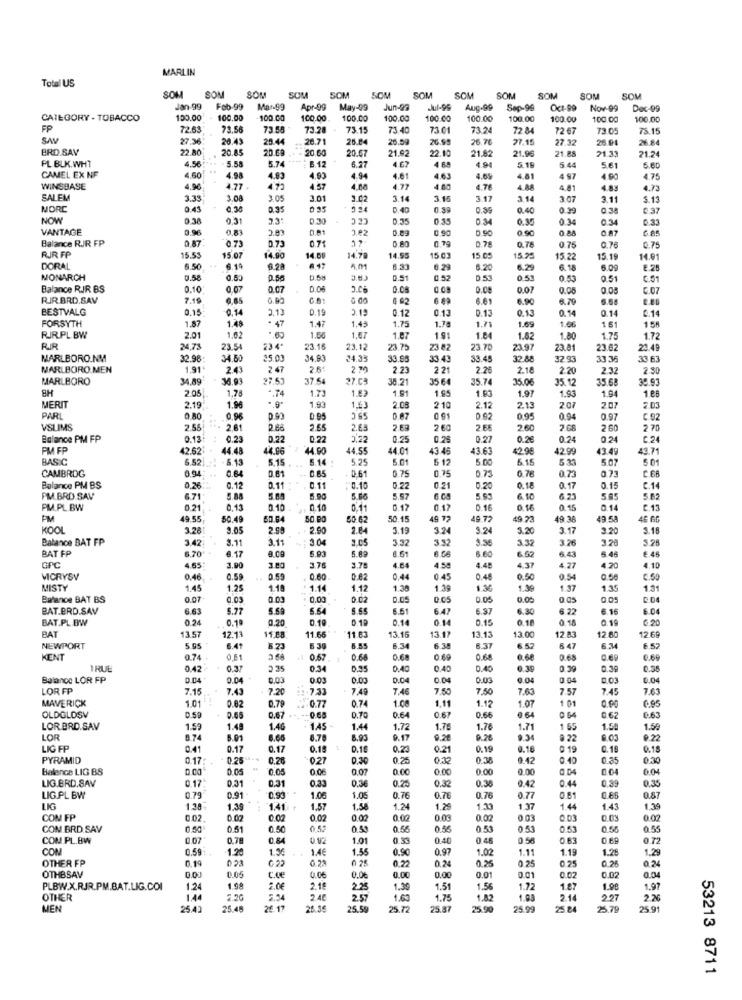
MARLIN
Total US
SOM
SOM
SOM
SOM
SOM
SOM
SOM
SOM
SOM
SOM
SOM
SOM
Jan.99
Fob-99
Mar-99
Apr-99
May-99
Jun-99
Aug.99
Sep-99
Oct-99
Nov-99
Dec-99
CATEGORY - TOBACCO
100.00
100.0
100.00
100.00
100.00
100.00
100.00
100.00
100.00
100.00
100.00
100.00
FP
72.63
73.56
73.58
73.28
73.15
73.40
73.01
73.24
72 84
72 67
73 0
75.15
SAV
27.36
20.43
20.44
20.71
25.84
20.59
26.95
26.70
27.15
27.32
26.04
26.84
BRD.SAV
22.80
20.85
20.6
20 60
20.67
21.92
22.10
21.82
21.96
21.88
21.33
PL BLK.WHT
5.74
6.27
4.67
21.24
4.56
5.58
B.12
4.94
5.15
5.44
5.61
5.60
CAMEL EX NF
4,50
4.98
4.93
4.93
4.94
4.61
4.63
4.05
4.81
4 97
4.90
4.75
WINSBASE
4.90
4.77
4.57
4.00
4.77
4.80
4.76
4.88
4.81
4.83
SALEM
3.33
3.08
3 05
3.01
3.02
3.14
3.15
3.17
3.14
3.07
3.1
5.13
MORE
0.41
0.30
0.35
0 35
CE C
0.40
0.39
0.39
0.40
0.39
0 38
NOW
0.38
0.31
D.30
0.35
0.35
0.34
0.34
0.3
VANTAGE
0.96
0,90
0.90
0.90
0 88
O A7
Balance RJR FP
0.87
D.73
0.71
0.80
0.79
D.75
0.75
RJR FP
0.73
0.78
6.75
15.53
15.07
14.90
14.00
14.70
14.55
15 03
15.0º
15.2
15.22
15.19
14.01
DORAL
6.50
6.14
6.28
4.01
6.29
6.20
6.29
6. 18
6.0
€.25
MONARCH
0.58
0.53
0.56
0.68
0.51
0.52
D.51
0.53
0.53
0.51
C.51
Balance RJR BS
0.10
0.07
0.07
0.06
0.09
0.08
0.07
0.05
RIR.BRD.SAV
7.19
6,85
0.00
6.61
6.9
6.70
5.68
BESTVALG
0,15
0.14
3,13
0.19
2.19
0.12
0.13
0.13
0.13
0.14
0.1
0.14
FORSYTH
1.87
1.28
- 47
1.47
1.49
1.75
1.70
1.71
1.69
1.66
1 51
158
RIR.PL BW
2.01
1.02
1.56
1.67
1.87
191
1.8
1.62
1.80
1.75
1.72
RIR
24,73
23.5
234
23.16
23.12
23.75
23 82
23.70
23.97
23.81
23.62
22.49
MARLBORO.NM
32.96
34 50
25.00
34,93
34.39
33.9
33.43
33.45
12.88
32 93
33.36
33 63
MARLBORO.MEN
1.91
2.43
2 47
2.6
2 3
2.23
2 21
2.26
2.18
2.20
2.32
2.30
MARLBORO
34,89
36.93
37.54
27.03
38.21
35 64
35.74
35.0€
35.12
35.68
30.97
8H
1,78
-. 74
1.79
1.83
1.91
1.93
1.97
1.93
1.94
1 88
2.05
1.95
MERIT
2.19
1.96
".9"
1.93
1.6
2.08
2 10
2.12
2.13
207
207
2.03
PARL
0.80
0.98
0.95
D A7
0 91
D.92
0.95
0.94
0.97
C.92
VSLIMS
2.55
281
2.66
2.65
2.63
2.69
2 60
2 65
2.60
2 60
2 70
Balance PM FP
0.13
0.23
0.22
0.22
0,22
0.25
0,25
0.25
0.24
0.24
€ 24
PM FP
42.62
44.48
44.96
44.90
44.55
44.01
43.45
43.63
42.9€
42.99
13.49
43.71
BASIC
6.52
6.15
5.15
5.14 :
5.25
5.01
5 12
5.00
6.15
5.33
5.07
5.01
CAMBROG
0.64
0.81
0.85
0.61
0.75
0.75
0.76
0.73
C.68
0.94
0.75
Balance PM BS
0.26
0.1
0.11
0.11
0.10
0.22
0.21
0.20
0.18
0.17
0.15
C.14
PM.BRD SAV
6.71
5.09
6.90
5.56
5.97
6.10
6 21
5.85
PM.PL.BW
0.21
0.15
0.10
0.10
0.11
0.17
0.17
0.16
0.16
0.15
0.14
C.13
PM
19 55
50.49
60 64
50 90
50 62
50.15
49 77
19.72
97
49 36
46 GG
KOOL
3.28
3.05
2.99
2.90
2.64
3.19
3.24
9.24
3.20
3.17
3.20
3.18
Balance BAT FP
3.42
3.11
3.11
3.04
3.32
3 32
3.36
3.32
3.26
3.28
BAT FP
6.70
8.Co
6.93
6.61
5.46
6.17
6.60
6.62
6.43
€.45
GPC
4.65
3.00
3.76
3.78
4.64
4.58
4.48
4.37
4.27
4.20
4.10
VICRYSY
0.46
0.59
0.55
0.60
0.82
0.44
0.45
0.4ª
0.50
0.54
0.56
C.50
MISTY
1.45
1.25
1.10
1.14
1.12
1.30
1.38
1.36
1.3
1.37
1.3
1.31
Balance BAT BS
0.07
0.03
0.01
0.00
0.02
0.05
0.05
0.05
0.05
BAT.BRD.SAV
6.63
5.71
5.64
5.65
6.51
6.47
6.37
6.30
6.22
6.16
6.04
BAT.PL BW
0.24
0.1
0.20
0.19
01P
0.14
0.14
0.15
0.10
0.19
6.20
13.57
11.03
13.12
13.00
BAT
12.13
11.88
11.65
13.15
13.13
12.83
12 80
12.69
NEWPORT
5.05
6.41
5.21
6 39
5.34
6.37
6.57
5.47
6.57
KENT
0.74
0.51
0.67
0.68
0.68
0.69
0.68
0.68
0.65
0.69
0.69
TRUE
0.42
0.37
235
0.34
0.95
0.40
0.40
0.40
0.39
0.39
0.39
0.35
Balance LOR FP
D.04
00
0,03
0.01
0.00
0.04
0.04
0.03
0.04
0.04
0.03
0.04
LOR FP
7.15
7.43
7.20
7,33
7.40
7.46
7.50
7.50
7.63
7.57
7.45
7.63
MAVERICK
1.01
0.77
0.74
1.08
1.12
1.07
1.01
0.00
OLDGLOSV
0.82
0,79
1.11
0.59
0.66
0.67
D.70
0.64
0.67
0.66
0 64
0 64
0.62
0.63
LOR BRD.SAV
1.59
1.4
1.4
1.45
1.44
1.72
1.79
1.76
1.71
1.69
1.54
1.59
LOR
0.74
5.01
8.66
6.78
6.93
9.17
9.28
9.26
9.34
8 22
9.03
9.22
LIG FP
0.41
0.17
0.17
0.18
0.16
0.23
0.21
0.19
3.16
0 19
0.16
0.18
PYRAMID
0.17:
0.25
0.20
0.27
0.30
0.25
0.30
0.38
1.42
0.40
0.35
0:30
Balance LIG BS
0.05
0.06
0.07
0.00
0.00
0.00
0.00
0 04
0.04
0.04
LIG.BRD.SAV
0.31
0,31
0.33
0.3€
0.25
0.30
0.36
0.44
0.39
0.17
2.42
0.35
LIG.PL BW
0.79
0.91-
0.93
1.0€
1.05
0.76
0.76
0.76
0.77
0.51
0.87
LIG
1.38
1.39
1.41
1.57
1.55
1.2
1.25
1.33
1.37
1.44
1.43
1.39
COM FP
0.02
0.07
0.02
0.02
0.02
0.07
0.03
0.02
0 03
0 03
0.02
COM.BRD.SAV
0.50
0.50
0.52
0.59
0.55
0.53
0.53
0.53
0.58
0.55
COM.PL.BW
0.07
0.78
0.84
1.01
0.5
0.40
0 46
0.50
0.63
0 72
CON
0.59
1.20
1.%
1.4€
1.55
0.90
0.97
1.02
1.11
1.19
1.28
1.29
OTHER FP
0.19
023
C 22
6.23
0 28
0.22
0.24
0.25
0 25
0.25
0.01
0.01
0.07
0.26
OTHBSAV
0.05
c.ve
0,06
0.00
0.00
0.01
0.02
PLBW.X.RJR.PM.BAT.LIG.COI
1.24
1.98
2.0€
2.15
2.25
1.30
1.51
1.56
1.72
1.98
1.91
OTHER
1.44
2.46
2.57
1.63
1.75
1.82
1.08
2.14
227
2%
MEN
25.40
25.48
26.17
25.35
5.59
25.72
25.87
25.90
25.99
25.24
25.79
25.91
53213 8711